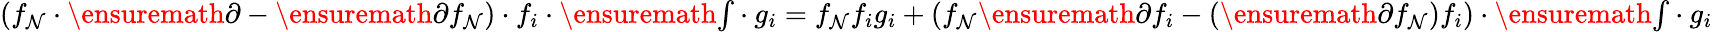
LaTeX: (f_{\mathcal{N}}\cdot\ensuremath{{\partial}}-\ensuremath{{\partial}}{f_{\mathcal{N}}})\cdot{f_{i}}\cdot\ensuremath{{{\textstyle\int}}}\cdot{g_{i}}=f_{\mathcal{N}}f_{i}g_{i}+(f_{\mathcal{N}}\ensuremath{{\partial}}{f_{i}}-(\ensuremath{{\partial}}{f_{\mathcal{N}}})f_{i})\cdot\ensuremath{{{\textstyle\int}}}\cdot{g_{i}}